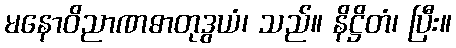
မနောဝိညာဏဓာတုဒွယံ၊ သည်။ နိဋ္ဌိတံ၊ ပြီး။